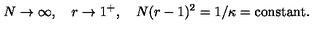
N \rightarrow \infty , \quad r \rightarrow 1 ^ { + } , \quad N ( r - 1 ) ^ { 2 } = 1 / \kappa = \mathrm { c o n s t a n t } .